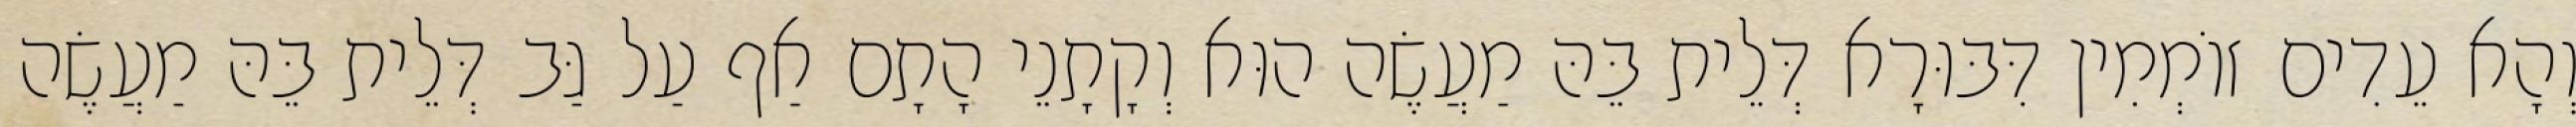
וְהָא עֵדִים זוֹמְמִין דִּבּוּרָא דְּלֵית בֵּהּ מַעֲשֶׂה הוּא וְקָתָנֵי הָתָם אַף עַל גַּב דְּלֵית בֵּהּ מַעֲשֶׂה